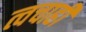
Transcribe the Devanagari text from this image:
त्वचाही